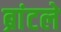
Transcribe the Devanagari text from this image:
ब्रांटले